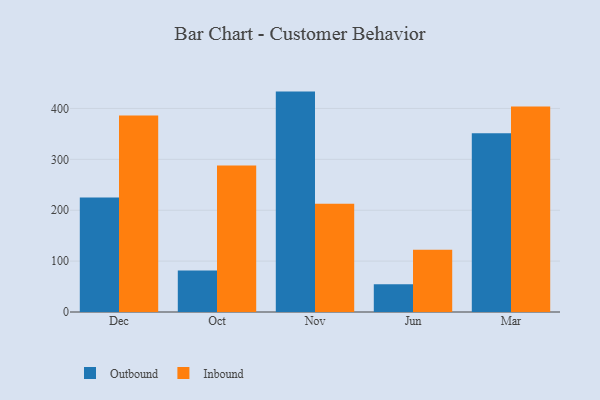
{"axis": {"x": "Month", "y": "Population (Million)"}, "legend": ["Inbound", "Outbound"], "data": [{"x": "Dec", "y": 224.8, "type": "Outbound"}, {"x": "Dec", "y": 386.2, "type": "Inbound"}, {"x": "Oct", "y": 81.4, "type": "Outbound"}, {"x": "Oct", "y": 287.8, "type": "Inbound"}, {"x": "Nov", "y": 433.1, "type": "Outbound"}, {"x": "Nov", "y": 212.5, "type": "Inbound"}, {"x": "Jun", "y": 54.5, "type": "Outbound"}, {"x": "Jun", "y": 122.4, "type": "Inbound"}, {"x": "Mar", "y": 351.5, "type": "Outbound"}, {"x": "Mar", "y": 403.7, "type": "Inbound"}]}